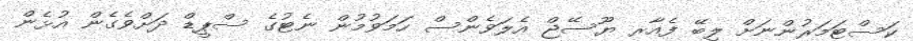
ކަސްޓަމަރުންނަށް ލިބޭ ފެއާރ ޔޫސޭޖް އެލަވެންސް ހަމަވުމުން ނެޓުގެ ސްޕީޑް ދަށްވެގެން އުޅެން